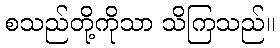
စသည်တို့ကိုသာ သိကြသည်။